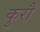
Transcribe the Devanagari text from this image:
कुरौ